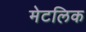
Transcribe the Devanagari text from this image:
मेटलिक